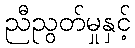
ညီညွတ်မှုနှင့်